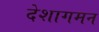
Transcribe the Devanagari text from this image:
देशागमन